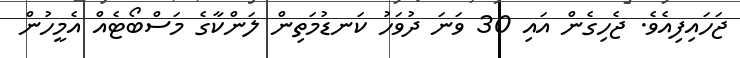
ޖަހައިފިއެވެ. ޖެހިގެން އައި 30 ވަނަ ދުވަހު ކަނޑުމަތިން ލަންކާގެ މަސްބޯޓެއް އެމީހުން